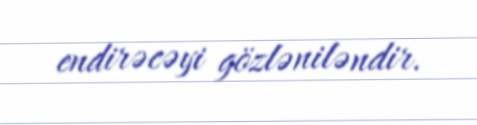
endirəcəyi gözləniləndir.